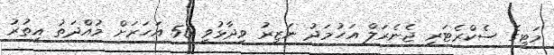
މަޓީގެ ސެކްރެޓަރީ ޖެނެރަލް އަހުމަދު ނަޒީރު ވިދާޅުވީ 50 އަހަރަށް މުއްދަތު އިތުރު